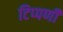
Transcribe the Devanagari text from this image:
टिप्‍पणी